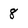
Character: 8